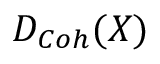
D _ { C o h } ( X )